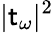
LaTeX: |\mathsf{t}_{\omega}|^{2}